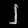
Digit: ၂